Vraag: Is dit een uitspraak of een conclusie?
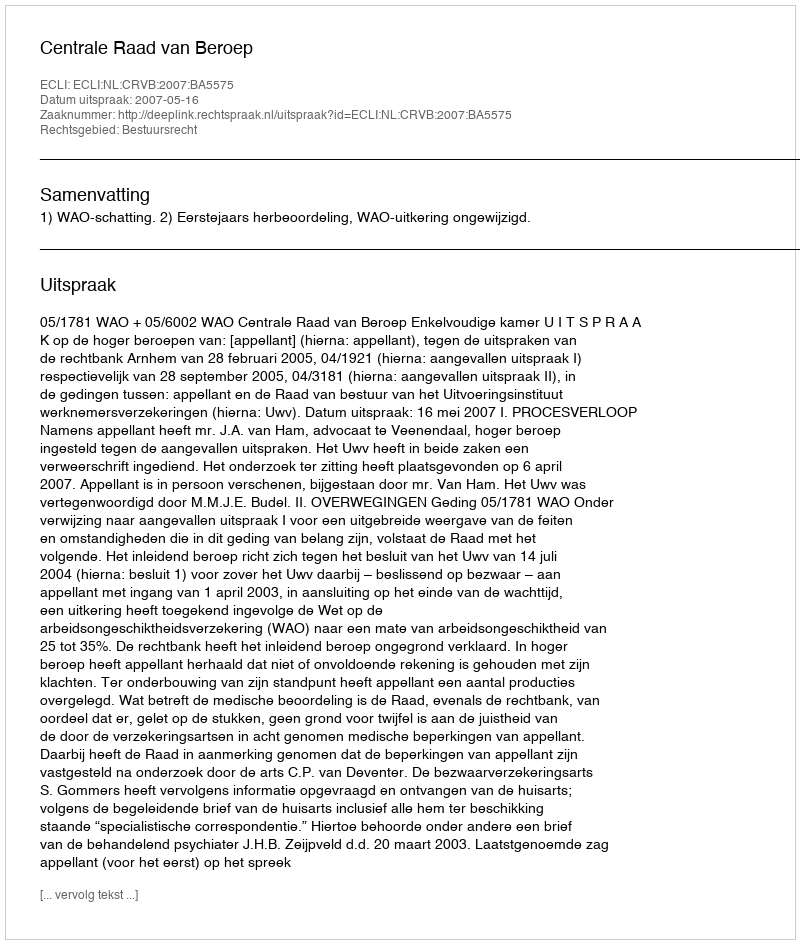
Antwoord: Uitspraak